Document type: Sale
Year: 1423
Scribe: Joan Franc
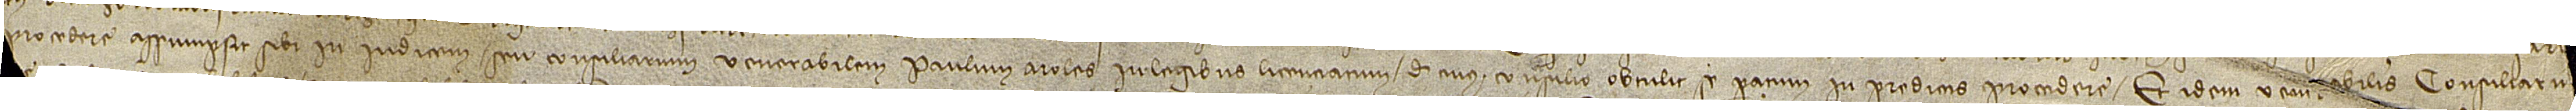
[...] procedere assumpsit sibi in iudicem seu consiliarium venerabilem Paulum Aroles, in legibus licenciatum, de cuius consilio obtulit se paratum in predictis procedere. Et idem ven[er]abilis consiliari[us] [...]